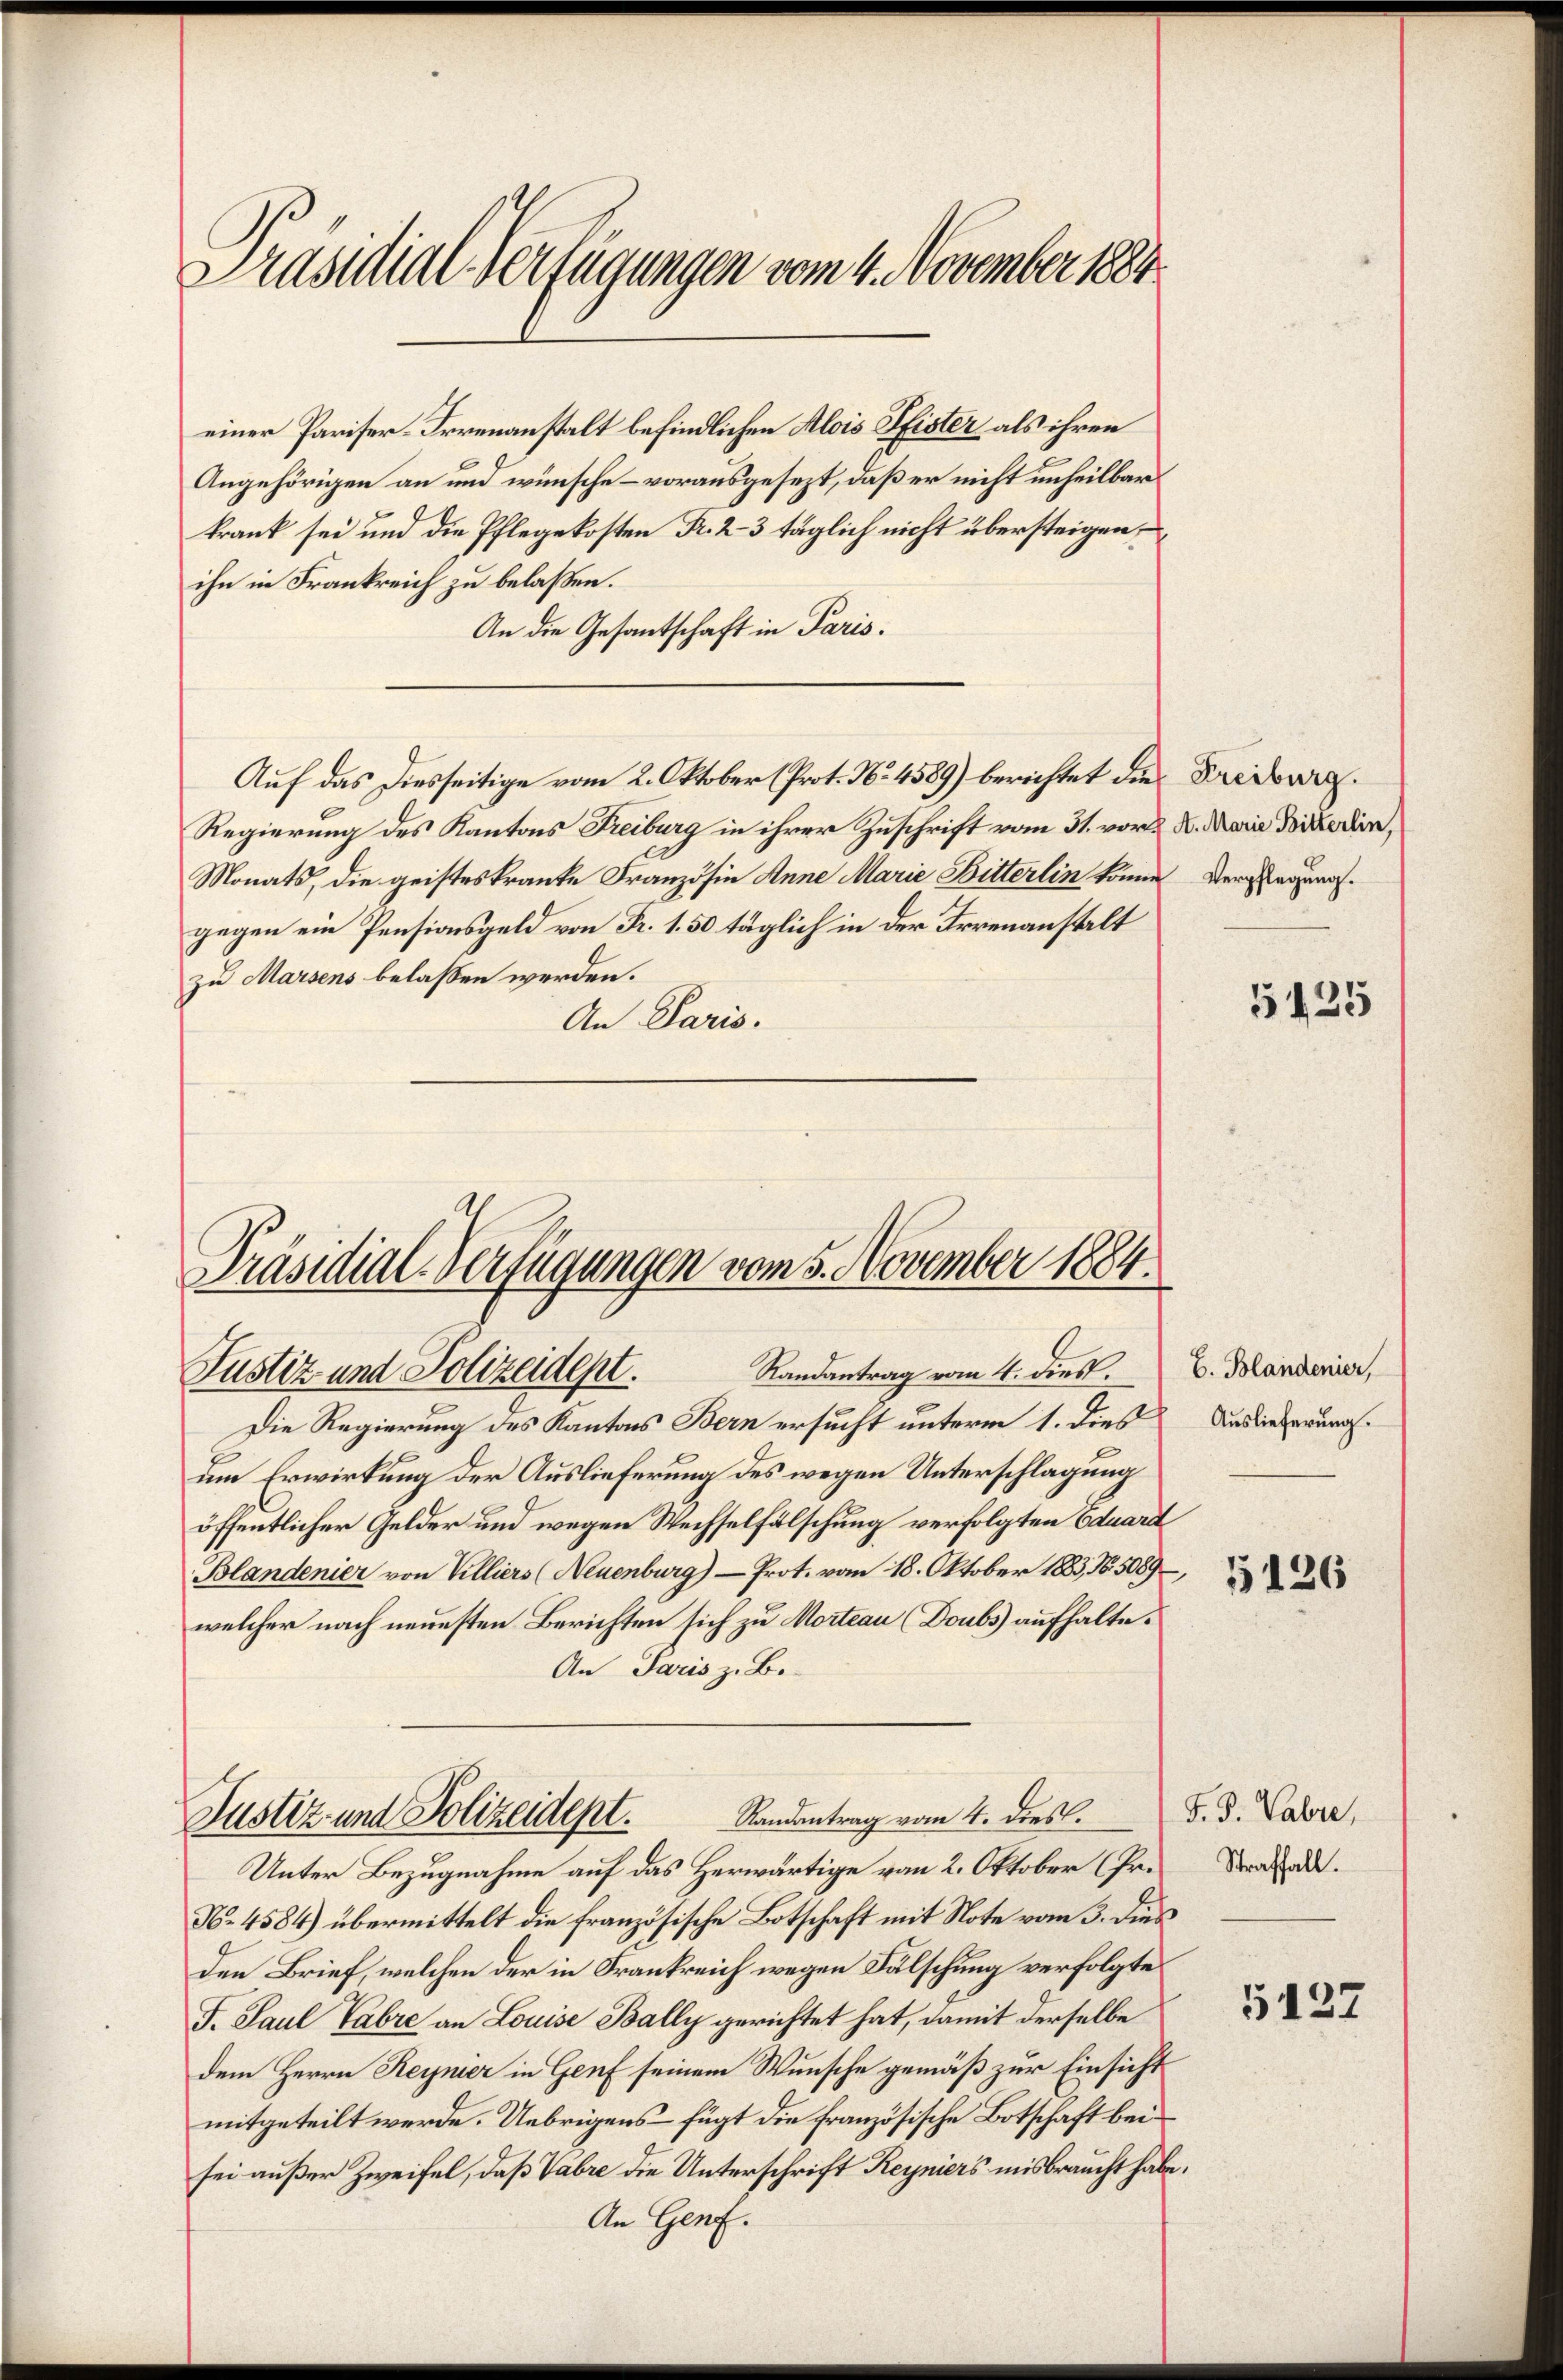
Präsidial-Verfügungen vom 4. November 1884.

einer Pariser-Irrenanstalt befindlichen Alois Pfister als ihren
Angehörigen an und wünsche – vorausgesezt, daß er nicht unheilbar
krank sei und die Pflegekosten Fr. 2-3 täglich nicht übersteigen,
ihn in Frankreich zu belaßen.
An die Gesantschaft in Paris.
Auf das Diesseitige vom 2. Oktober (Prot. No 4589) berichtet die Freiburg.
Regierung des Kantons Freiburg in ihrer Zuschrift vom 31. vor 2. Marie Beizerin,
Monats, die geisteskranke Französin Anne Marie Bitterlin könne Verlegung.
gegen ein Pensionsgeld von Fr. 1.50 täglich in der Irrenanstalt
zu Marsens belassen werden.
An Paris.

Präsidial-Verfügungen vom 5. November 1884.
Randantrag vom 4. dies.
Justiz und Polizeidept.

Die Regierung des Kantons Bern ersucht unterm 1. dieß
um Erwirkung der Auslieferung des wegen Unterschlagung
öffentlicher Gelder und wegen Wechselfälschung verfolgten Eduard
Blandenier von Villiers (Neuenburg) — Prot. vom 18. Oktober 1883, No. 5089
welcher nach neuesten Berichten sich zu Morteau (Doubs aufhalte.
An Paris z. B.
Randantrag vom 4. dies.
Justiz- und Polizeidept.
Unter Bezugnahme auf das Herwärtige von 2. Oktober (Pr.
No 4584) übermittelt die französische Botschaft mit Note vom 3. dies
den Brief, welchen der in Frankreich wegen Fälschung verfolgte
F. Paul Vabre an Louise Bally gerichtet hat, damit derselbe
dem Herrn Reynier in Genf seinem Wunsche gemäß zur Einsicht
mitgeteilt werde. Uebrigens fügt die französische Botschaft bei
sei außer Zweifel, daß Vabre die Unterschrift Reyniers misbraucht habe.
An Genf.

E. Blandenier,
Auslieferung.

5425

5126

F. J. abre
Straffall.

5122